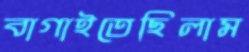
বাগাইতেছিলাম